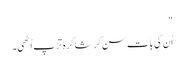
"
اُن کی بات سن کر شاکرہ تڑپ اُٹھی۔